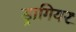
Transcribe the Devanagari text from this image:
ड्रागियर